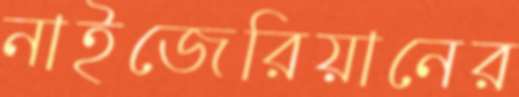
নাইজেরিয়ানের